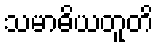
သမာဓိယတူတိ